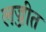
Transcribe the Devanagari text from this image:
लज्जीत